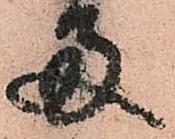
両